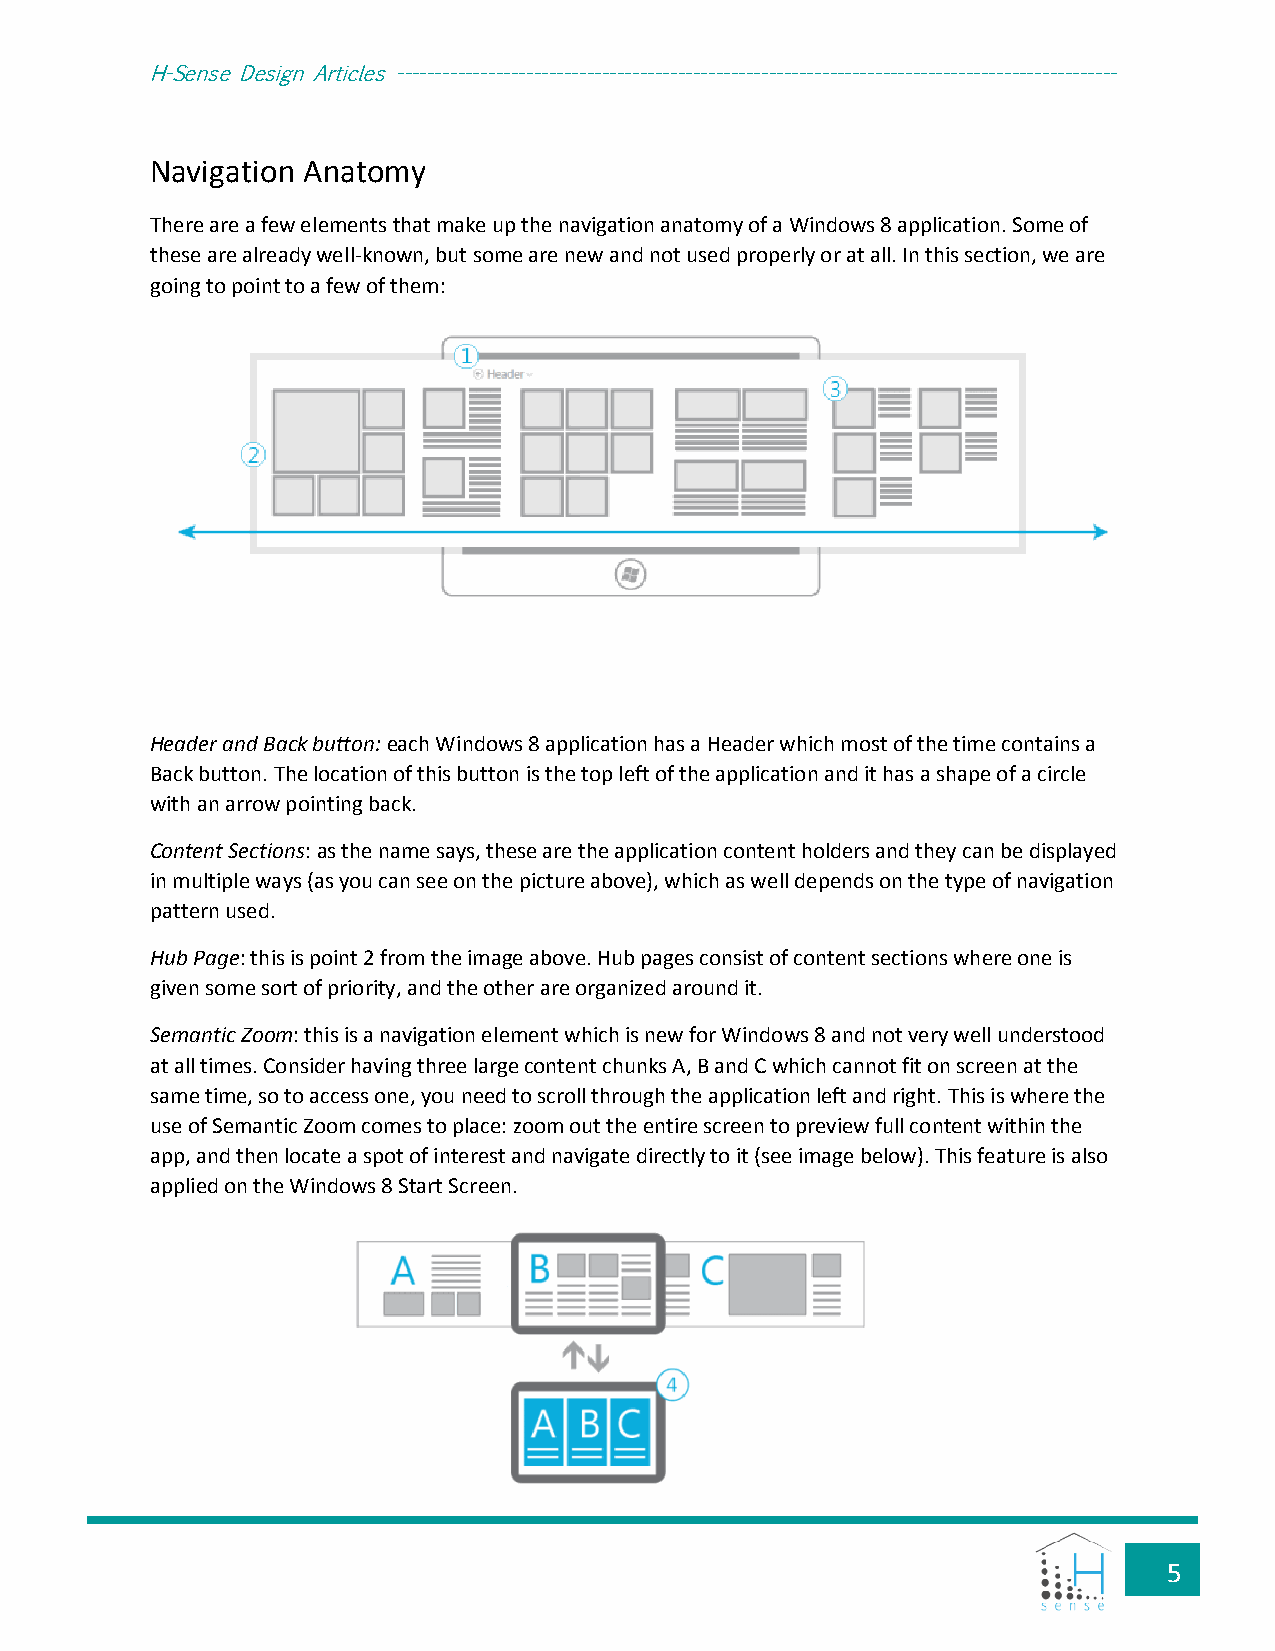
H-Sense Design Articles -----------------------------------------------------------------------------------------------
 Navigation Anatomy
 There are a few elements that make up the navigation anatomy of a Windows 8 application. Some of
 these are already well-known, but some are new and not used properly or at all. In this section, we are
 going to point to a few of them:
 Header and Back button: each Windows 8 application has a Header which most of the time contains a
 Back button. The location of this button is the top left of the application and it has a shape of a circle
 with an arrow pointing back.
 Content Sections: as the name says, these are the application content holders and they can be displayed
 in multiple ways (as you can see on the picture above), which as well depends on the type of navigation
 pattern used.
 Hub Page: this is point 2 from the image above. Hub pages consist of content sections where one is
 given some sort of priority, and the other are organized around it.
 Semantic Zoom: this is a navigation element which is new for Windows 8 and not very well understood
 at all times. Consider having three large content chunks A, B and C which cannot fit on screen at the
 same time, so to access one, you need to scroll through the application left and right. This is where the
 use of Semantic Zoom comes to place: zoom out the entire screen to preview full content within the
 app, and then locate a spot of interest and navigate directly to it (see image below). This feature is also
 applied on the Windows 8 Start Screen.
 5